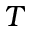
T